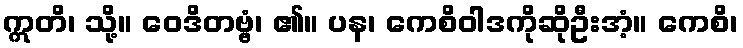
ဣတိ၊ သို့။ ဝေဒိတဗ္ဗံ၊ ၏။ ပန၊ ကေစိဝါဒကိုဆိုဦးအံ့။ ကေစိ၊